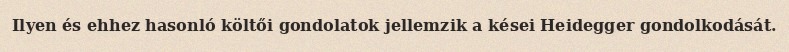
Ilyen és ehhez hasonló költői gondolatok jellemzik a kései Heidegger gondolkodását.